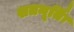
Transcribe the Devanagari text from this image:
शतमूर्तिः